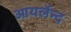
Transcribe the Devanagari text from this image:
आयर्लेन्द